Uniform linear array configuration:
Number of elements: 16
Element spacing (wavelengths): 1
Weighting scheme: kaiser
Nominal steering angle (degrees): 30
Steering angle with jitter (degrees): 31.465
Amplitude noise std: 0.05
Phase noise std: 0.05

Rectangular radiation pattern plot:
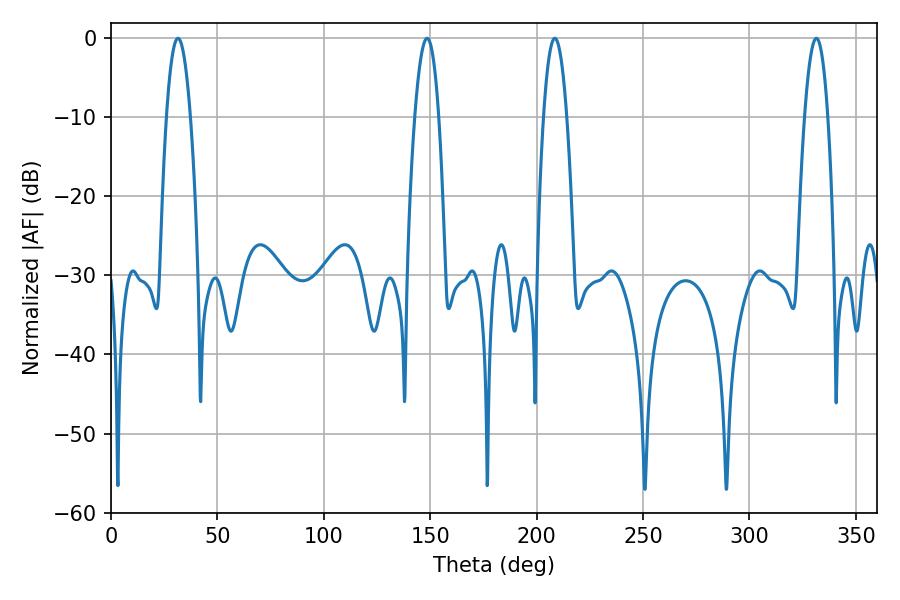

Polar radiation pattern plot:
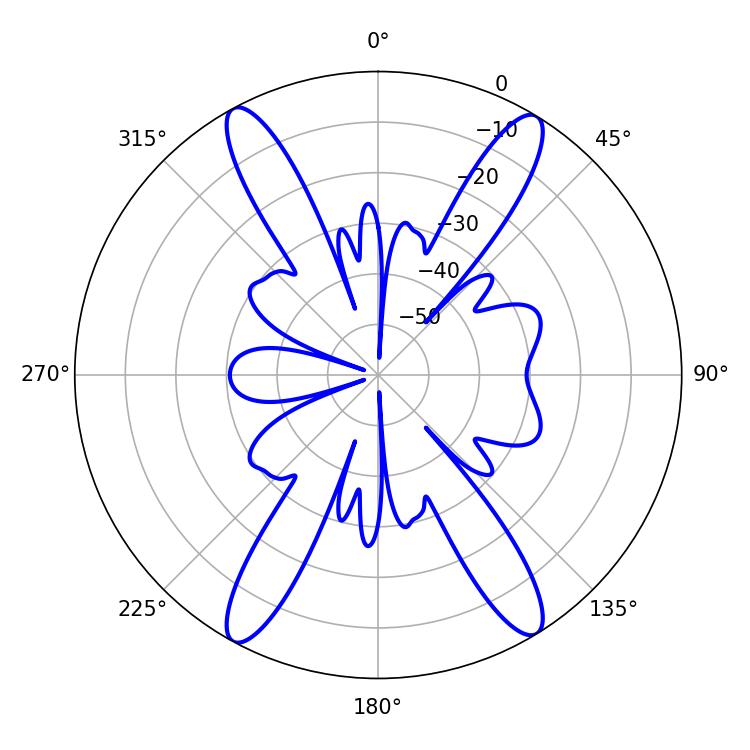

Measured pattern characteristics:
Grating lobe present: TRUE
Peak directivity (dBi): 21.349
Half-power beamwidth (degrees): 6.12
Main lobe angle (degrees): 31.5